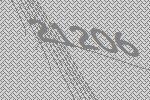
21206